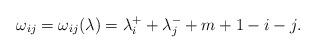
LaTeX: \begin{align*}\omega_{ij}=\omega_{ij}(\lambda)=\lambda^+_i+\lambda^-_j+m+1-i-j.\end{align*}